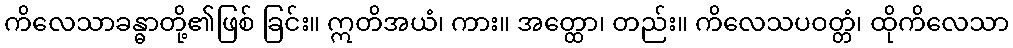
ကိလေသာခန္ဓာတို့၏ဖြစ် ခြင်း။ ဣတိအယံ၊ ကား။ အတ္ထော၊ တည်း။ ကိလေသပဝတ္တံ၊ ထိုကိလေသာ